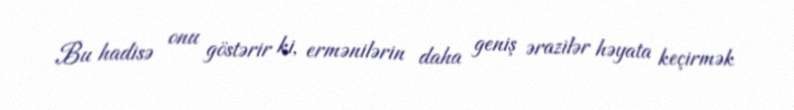
Bu hadisə onu göstərir ki, ermənilərin daha geniş ərazilər həyata keçirmək